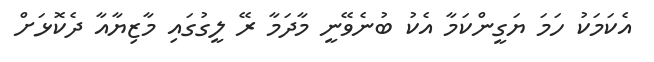
އެކަމަކު ހަމަ ޔަގީންކަމާ އެކު ބުނެވޭނީ މާދަމާ ރޭ ލީގުގައި މާޒިޔާއާ ދެކޮޅަށް